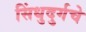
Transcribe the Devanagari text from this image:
सिंधुदुर्गचे